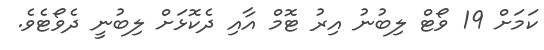
ކަމަށް 19 ވޯޓް ލިބުނު އިރު ޓޮމް އާއި ދެކޮޅަށް ލިބުނީ ދެވޯޓެވެ.